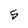
Character: 5